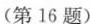
(第16题)